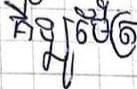
គីឡូម៉ែត្រ